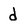
Character: d